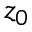
z _ { 0 }